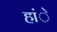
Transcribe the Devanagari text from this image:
हांे